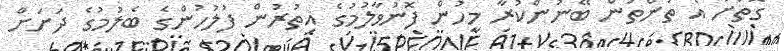
ގޮތަށް އެ ތަންތަން ބޭނުންކުރާ މީހުން ފޮނުވާލުމުގެ އިތުރުން ފުލުހުންގެ ބެލުމުގެ ދަށަށް